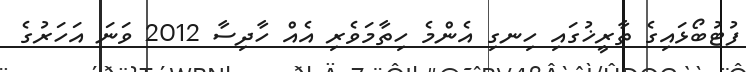
ފުޓުބޯޅައިގެ ތާރީޚުގައި ހިނގި އެންމެ ހިތާމަވެރި އެއް ހާދިސާ 2012 ވަނަ އަހަރުގެ